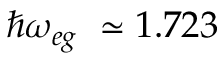
\hbar \omega _ { e g } ~ \simeq 1 . 7 2 3